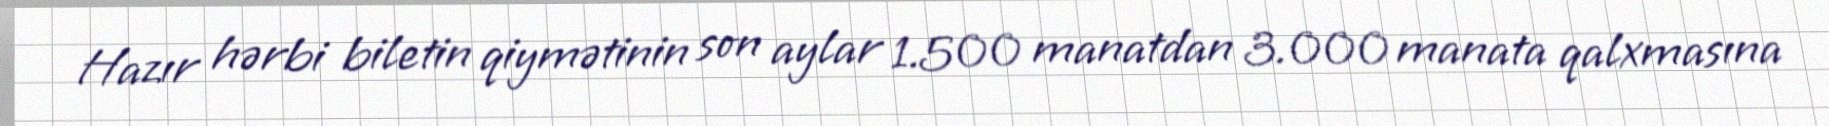
Hazır hərbi biletin qiymətinin son aylar 1.500 manatdan 3.000 manata qalxmasına